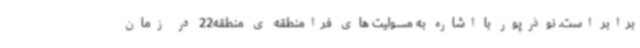
برابر است. نوذرپور با اشاره به مسولیت های فرامنطقه ی منطقه22 در زمان